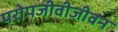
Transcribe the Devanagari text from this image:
परोपजीवीजीवन